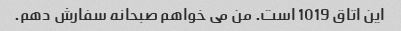
این اتاق 1019 است. من می خواهم صبحانه سفارش دهم.